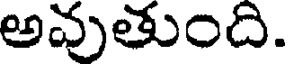
అవుతుంది.